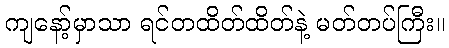
ကျနော့်မှာသာ ရင်တထိတ်ထိတ်နဲ့ မတ်တပ်ကြီး။